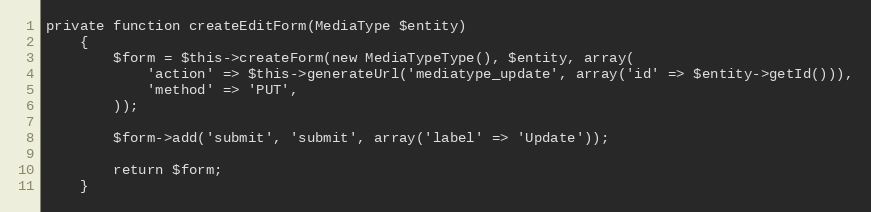
Language: PHP
private function createEditForm(MediaType $entity)
    {
        $form = $this->createForm(new MediaTypeType(), $entity, array(
            'action' => $this->generateUrl('mediatype_update', array('id' => $entity->getId())),
            'method' => 'PUT',
        ));

        $form->add('submit', 'submit', array('label' => 'Update'));

        return $form;
    }